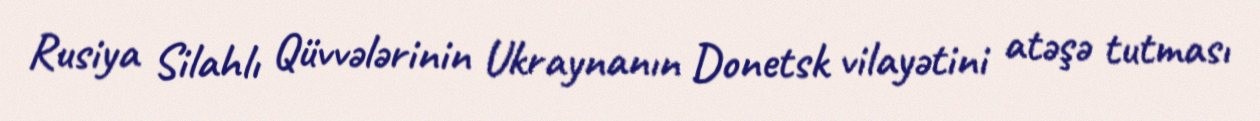
Rusiya Silahlı Qüvvələrinin Ukraynanın Donetsk vilayətini atəşə tutması